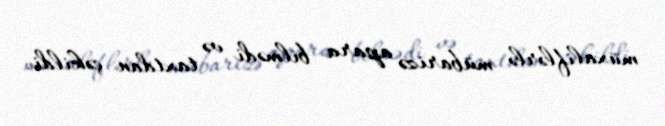
müxaliflərlə mübarizə apara bilmədi və taxtdan çəkildi.